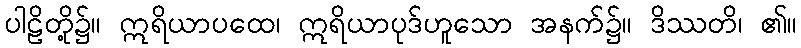
ပါဠိတို့၌။ ဣရိယာပထေ၊ ဣရိယာပုဒ်ဟူသော အနက်၌။ ဒိဿတိ၊ ၏။